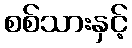
စစ်သားနှင့်